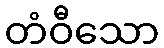
တံဝီသော